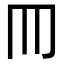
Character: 𦉫